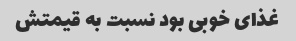
غذای خوبی بود نسبت به قیمتش